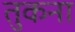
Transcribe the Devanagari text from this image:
तुकना